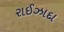
રાઈઝાદા